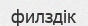
филздік